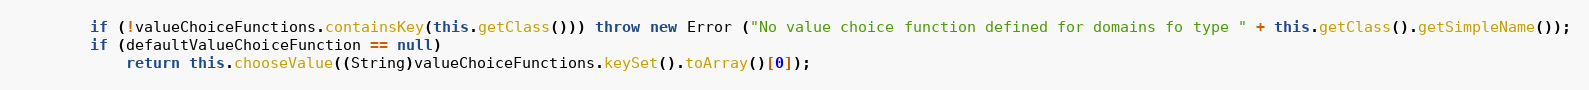
Language: Java
		if (!valueChoiceFunctions.containsKey(this.getClass())) throw new Error ("No value choice function defined for domains fo type " + this.getClass().getSimpleName());
		if (defaultValueChoiceFunction == null)
			return this.chooseValue((String)valueChoiceFunctions.keySet().toArray()[0]);